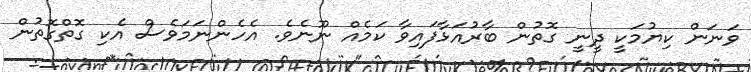
ވަނަން ކިޔުމަކީ ދީނީ ގޮތުން ބާރުއަޅާފައިވާ ކަމެއް ނޫނެވެ. އެހެންނަމަވެސް އެކި ގޮތްގޮތުން